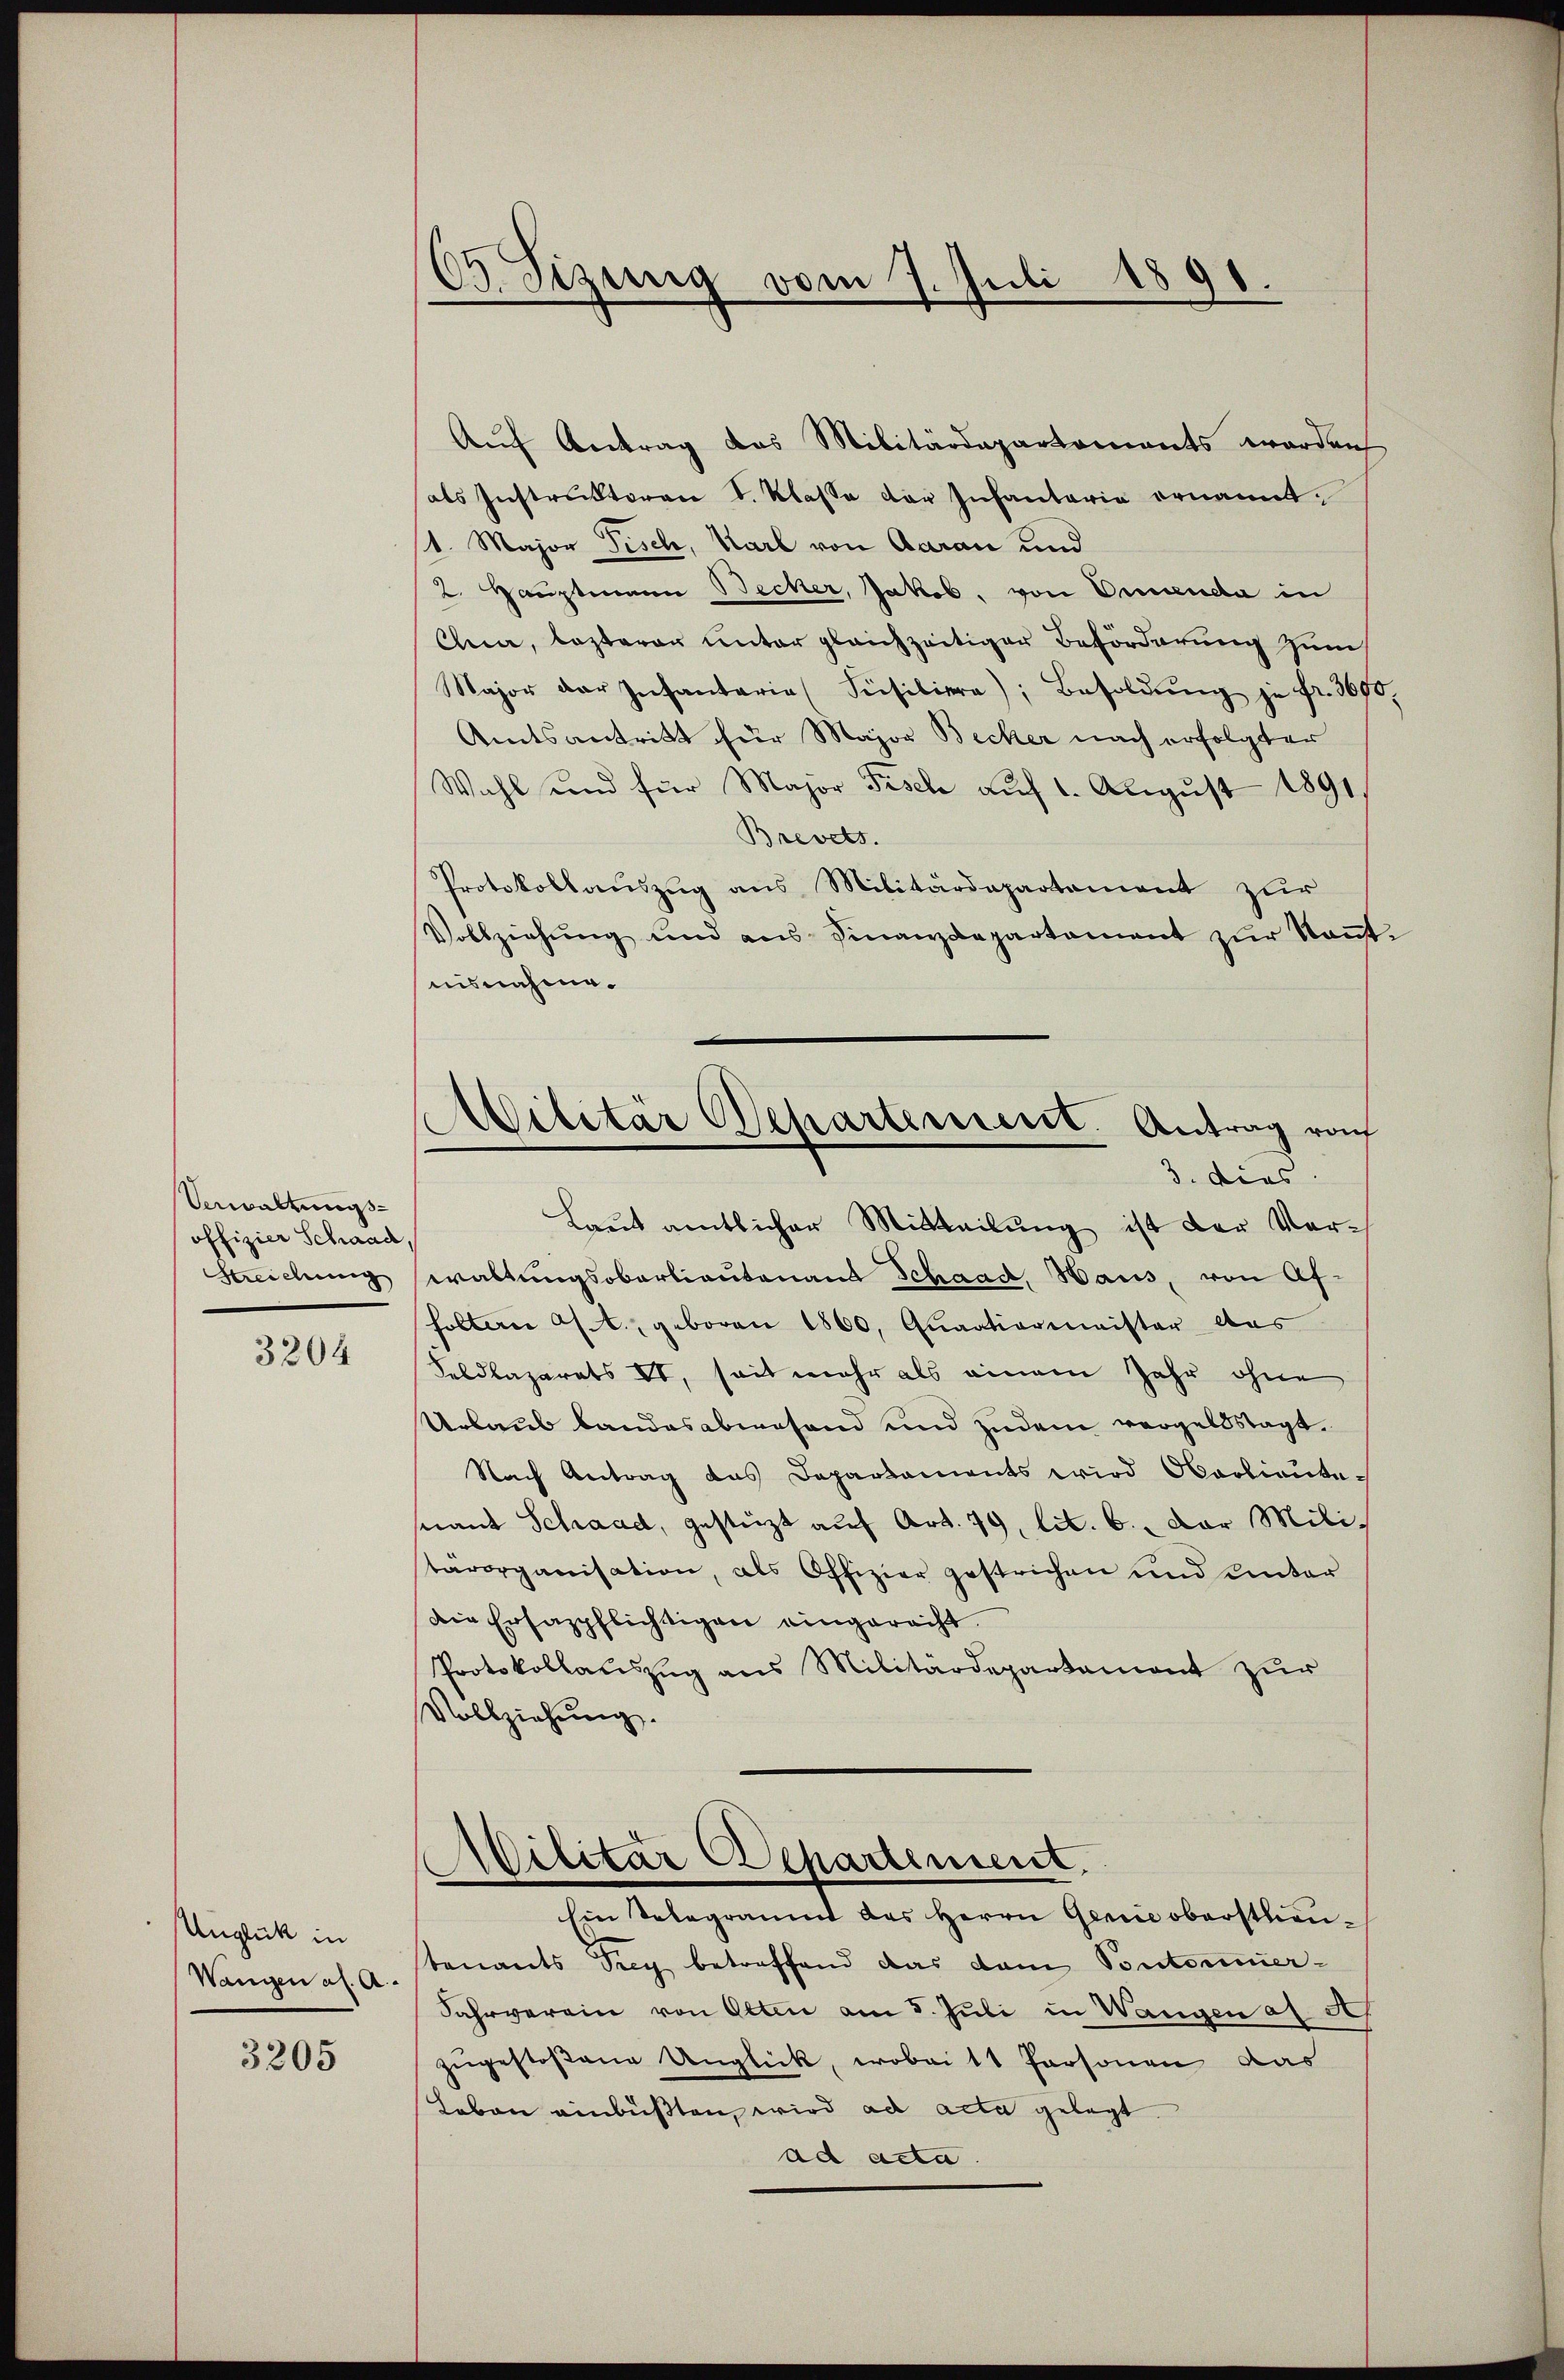
Verwaltungsoffizier Schaad,
Streichung

3204

Unglück in
Wangen al. A.

3205

65 Sizung vom 7. Juli 1891

Auf Antrag das Militärdepartements worden
als Instrŭktoren d. Klasse der Infantaria ernannt.
/1. Major Fisch, Karl von Aarau und
2. Hauptmann Becker, Jakob, von Oescenda in
Cua, lezterer unter gleichzeitiger Beförderung zum
Major der Infantaria Füsiliere), Besoldŭng je fr. 369
Amtsantritt für Major Becker nach erfolgter
Wahl und für Major Fisch aŭf 1. Aŭgŭst 1891.
Brevets.
Protokollauszug aus Militärdepartement zur
Vollziehŭng und ans Finanzdepartament zŭr Kant
nisnahme.
Laut amtlicher Mitteilŭng ist der Vor-
waltungsobarliautenaus Schaad, Haus, von Afholtern a/A., geboren 1860, Quartienmeister Aus
Feldlazarets II, seit mehr als einem Jahr ohne
Urlaub bandesabwesend und zudem vorgeldstagt.
Nach Antrag das Departaments wird Oberliauta-
serant Schaad, gestüzt auf Art. 79, lit. 6. Der Militärorganisation, als Offizier gestrichen und unter
die Ersazpflichtigen eingerecht.
Protokollauszug aus Militärdepartament zur
Vollziehung.
Militar Departement.
Ein Telegrammt des Herrn Genie oberstlieutenants Sieg betreffend das dem Pontonnier-
Jahrverein von Olten am 5. Juli in Wangen al A.
zugestoßene Unglück, wobei 11 Personen das
Leben einbüßten, wird ad acta gelegt.
ad acta

Ailitär Departeniert. Antrag vom
3. dies